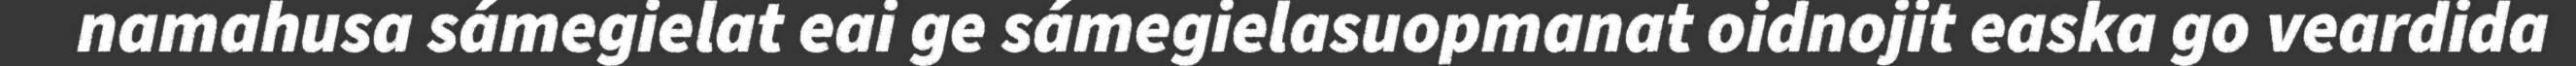
namahusa sámegielat eai ge sámegielasuopmanat oidnojit easka go veardida